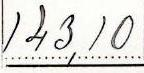
143,10